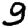
Digit: 9